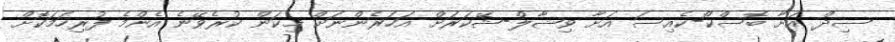
ސިދް އަށާ ބޮސްކޯ-ކެއިސަ އަށާ ވިޝާލް-ޝޭކަރަށް އަހަރެންނަށް މިކަން ކުރެވޭނެ އެންމެ ފުރިހަމަކޮށް